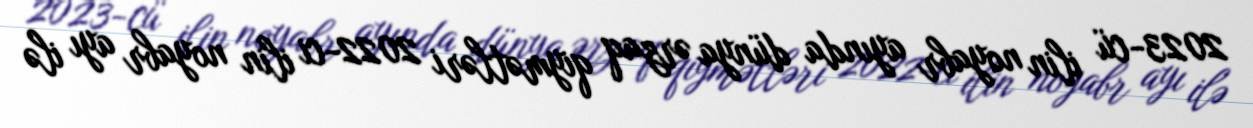
2023-cü ilin noyabr ayında dünya ərzaq qiymətləri 2022-ci ilin noyabr ayı ilə